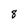
Character: 8